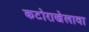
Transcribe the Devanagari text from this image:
कटोराखेलावा